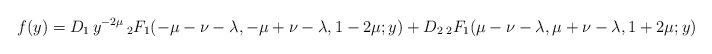
LaTeX: \begin{align*}f(y)=D_1 \, y^{-2\mu} \, {_2F_1}(-\mu-\nu-\lambda,-\mu+\nu-\lambda,1-2\mu;y)+D_2 \, {_2F_1}(\mu-\nu-\lambda,\mu+\nu-\lambda,1+2\mu;y)\end{align*}